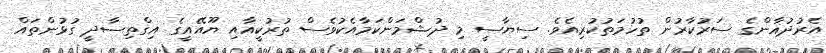
އެރުދުޣާންގެ ސަރުކާރުން ތުހުމަތުކުރިއެވެ. ސިޔާސީ މި ދުޝްމަންކަމާއެކުވެސް ތުރުކީއާއި ޔޫއޭއީގެ އިގްތިސާދީ ގުޅުންތައް